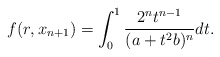
\begin{align*}f(r,x_{n+1})=\int_0^1\frac{2^nt^{n-1}}{(a+t^2b)^n}dt.\end{align*}